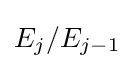
E_{j}/E_{j-1}